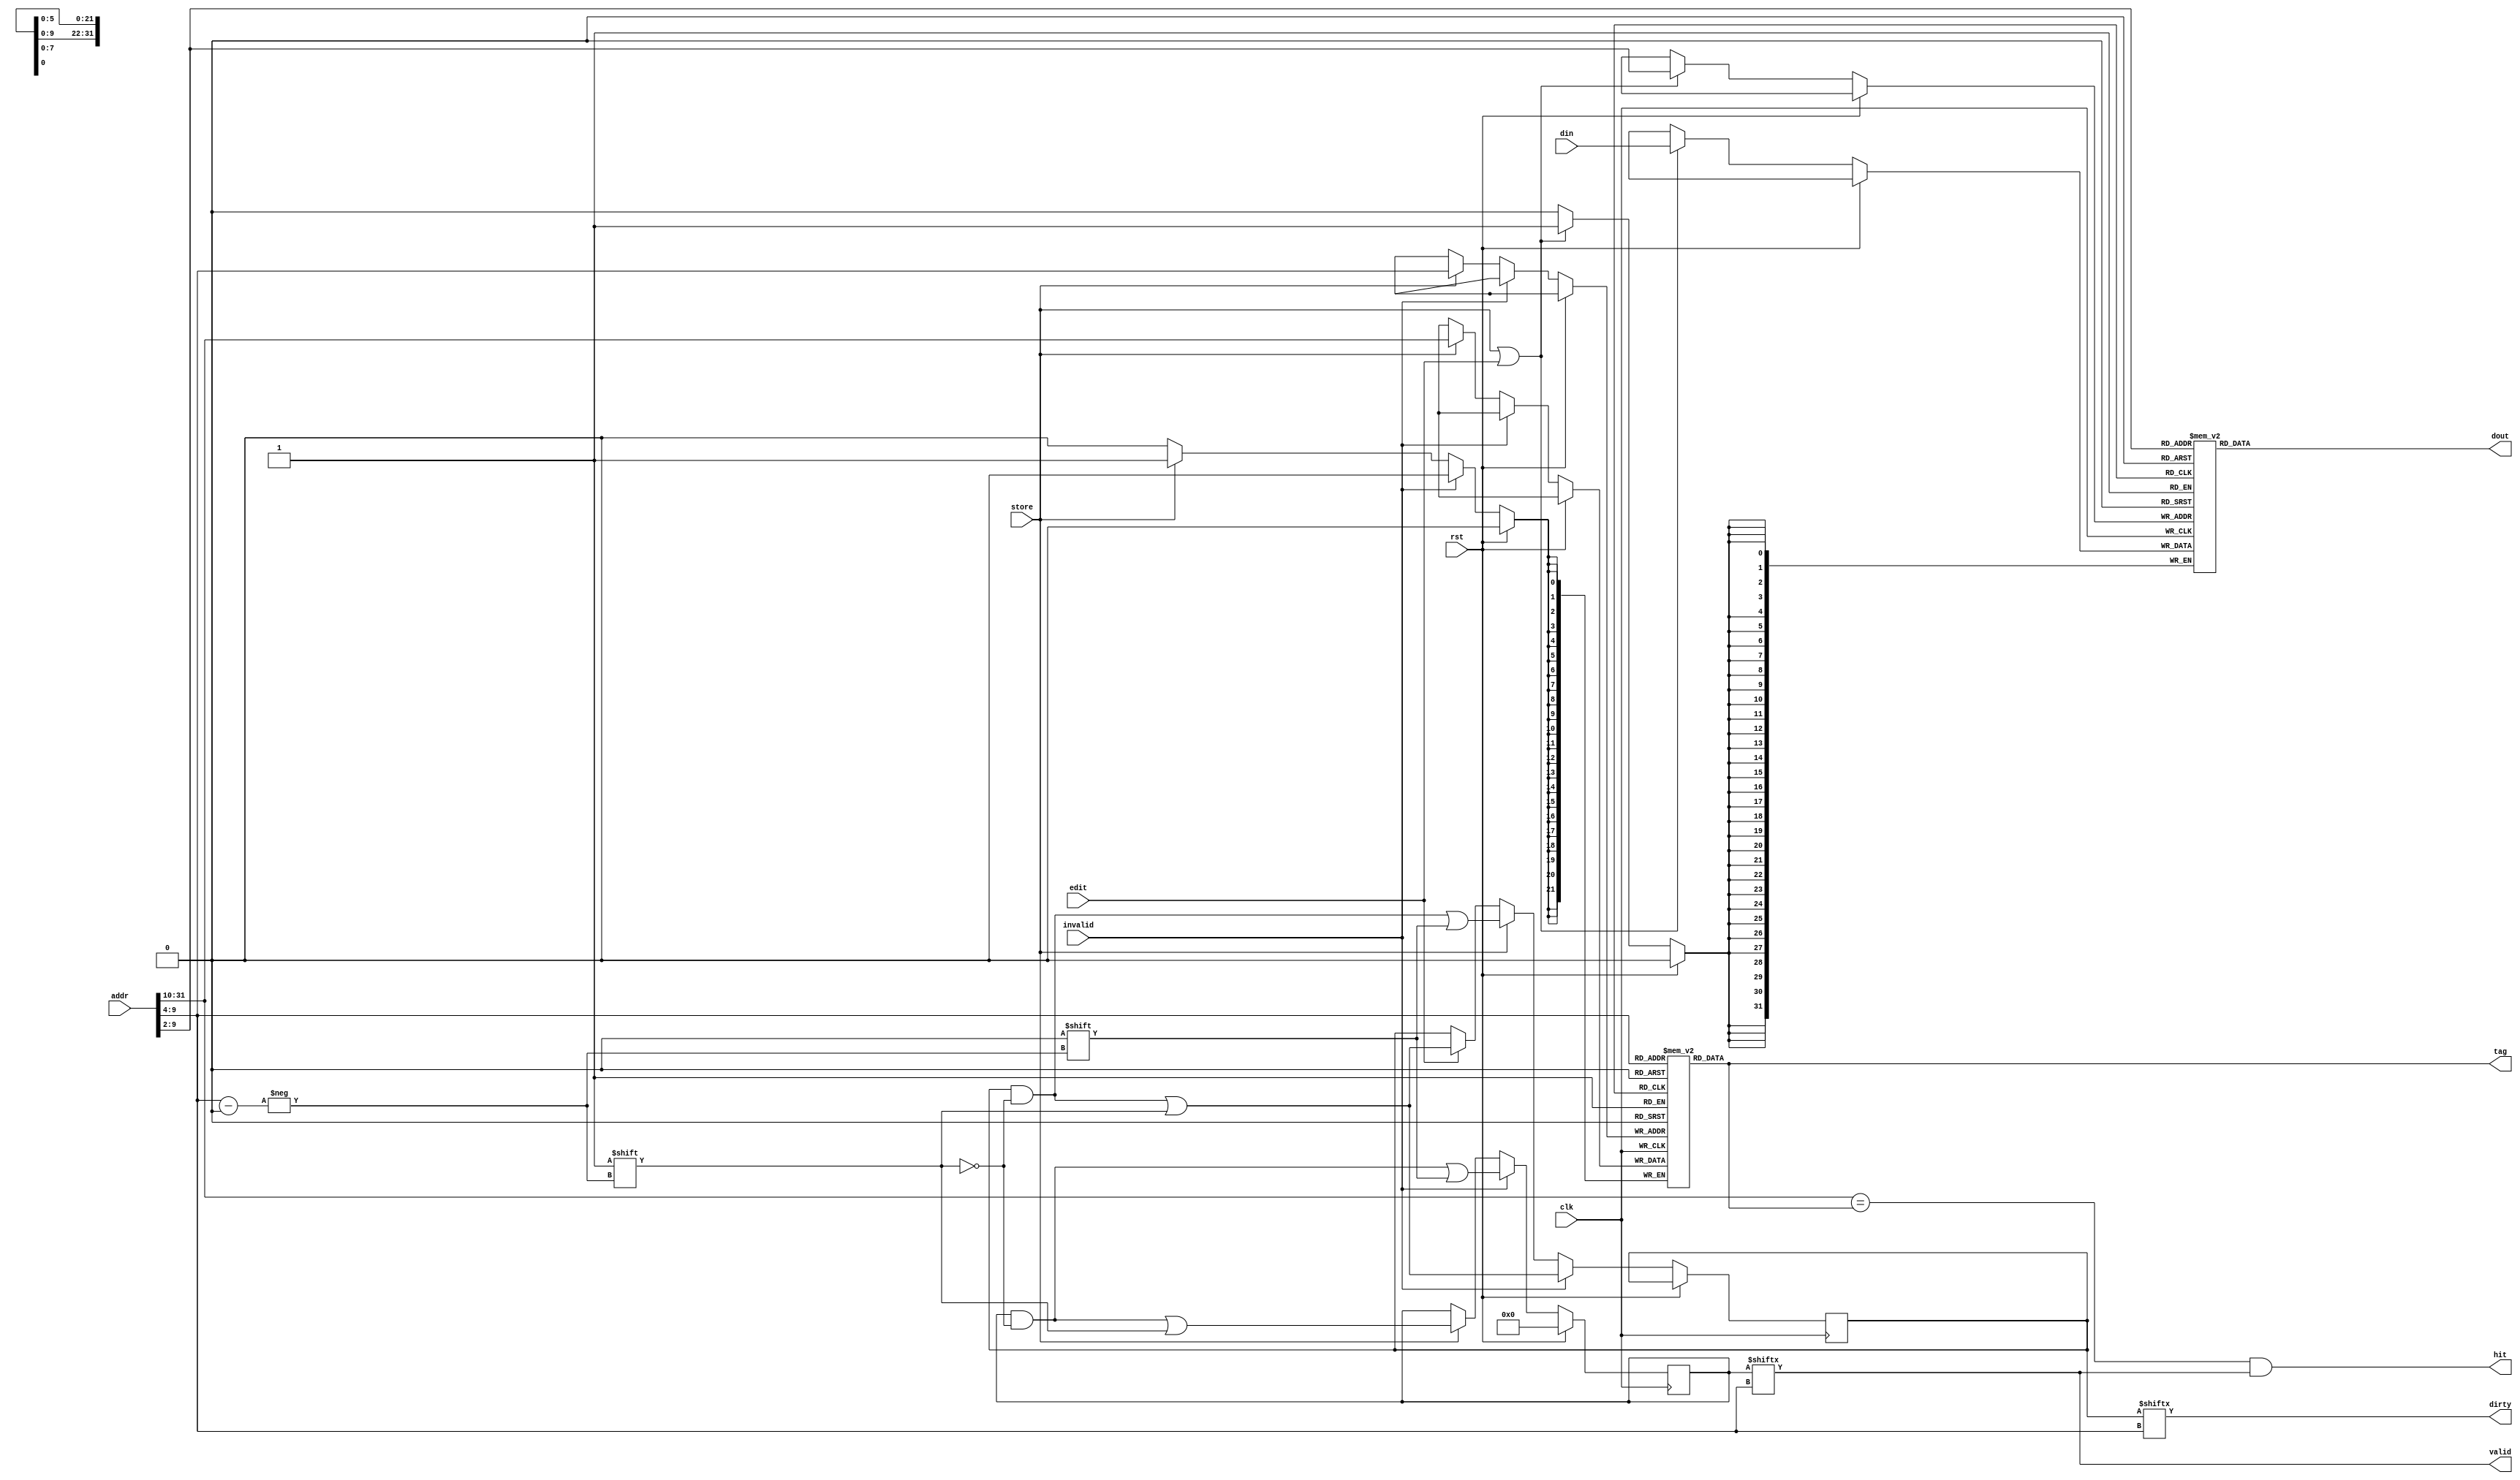
module cache (
    input wire clk, // clock
    input wire rst, // reset
    input wire [ADDR_BITS-1:0] addr, // address
    input wire store, // set valid to 1 and reset dirty to 0
    input wire edit, // set dirty to 1
    input wire invalid, // reset valid to 0
    input wire [WORD_BITS-1:0] din, // data write in
    output wire hit, // hit or not
    output wire [WORD_BITS-1:0] dout, // data read out
    output wire valid, // valid bit
    output wire dirty, // dirty bit
    output wire [TAG_BITS-1:0] tag // tag bits
);

	parameter
        WORD_BITS = 32,
	    ADDR_BITS = 32,
        TAG_BITS = 22,
        WORD_BYTES_WIDTH = 2,
        LINE_WORDS_WIDTH = 2,
        LINE_NUM = 64,
        LINE_INDEX_WIDTH = 6;

    reg [LINE_NUM-1:0] inner_valid;
    reg [LINE_NUM-1:0] inner_dirty;
    reg [TAG_BITS-1:0] inner_tag [0:LINE_NUM-1];
    reg [WORD_BITS-1:0] inner_data [0:LINE_NUM*(2**LINE_WORDS_WIDTH)-1];

	initial begin
		inner_valid = 0;
		inner_dirty = 0;
	end

    assign hit = (addr[ADDR_BITS-1:ADDR_BITS-TAG_BITS]==inner_tag[addr[ADDR_BITS-TAG_BITS-1:LINE_WORDS_WIDTH+WORD_BYTES_WIDTH]]) && valid;

    assign dout = inner_data[addr[ADDR_BITS-TAG_BITS-1:WORD_BYTES_WIDTH]];
    assign valid = inner_valid[addr[ADDR_BITS-TAG_BITS-1:LINE_WORDS_WIDTH+WORD_BYTES_WIDTH]];
    assign dirty = inner_dirty[addr[ADDR_BITS-TAG_BITS-1:LINE_WORDS_WIDTH+WORD_BYTES_WIDTH]];
    assign tag = inner_tag[addr[ADDR_BITS-TAG_BITS-1:LINE_WORDS_WIDTH+WORD_BYTES_WIDTH]];

    always @(posedge clk) begin

        if (rst) begin
            inner_valid <= 0;
        end else begin
            if (store || edit) begin
                inner_data[addr[ADDR_BITS-TAG_BITS-1:WORD_BYTES_WIDTH]] <= din;
            end
            if (invalid) begin
                inner_valid[addr[ADDR_BITS-TAG_BITS-1:LINE_WORDS_WIDTH+WORD_BYTES_WIDTH]] <= 0;
                inner_dirty[addr[ADDR_BITS-TAG_BITS-1:LINE_WORDS_WIDTH+WORD_BYTES_WIDTH]] <= 1; //TODO not sure
            end else if(store) begin
                inner_valid[addr[ADDR_BITS-TAG_BITS-1:LINE_WORDS_WIDTH+WORD_BYTES_WIDTH]] <= 1;
                inner_dirty[addr[ADDR_BITS-TAG_BITS-1:LINE_WORDS_WIDTH+WORD_BYTES_WIDTH]] <= 0;
                inner_tag[addr[ADDR_BITS-TAG_BITS-1:LINE_WORDS_WIDTH+WORD_BYTES_WIDTH]] <= addr[ADDR_BITS-1:ADDR_BITS-TAG_BITS];
            end else if (edit) begin
                inner_dirty[addr[ADDR_BITS-TAG_BITS-1:LINE_WORDS_WIDTH+WORD_BYTES_WIDTH]] <= 1;
                //inner_tag[addr[ADDR_BITS-TAG_BITS-1:LINE_WORDS_WIDTH+WORD_BYTES_WIDTH]] <= //TODO seems no need to set tag?
            end
        end

    end

endmodule